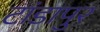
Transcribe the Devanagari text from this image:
टांडापुर